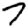
Digit: 7